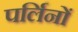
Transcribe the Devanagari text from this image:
पर्लिनों